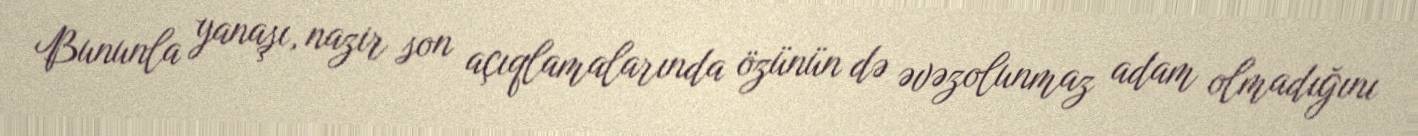
Bununla yanaşı, nazir son açıqlamalarında özünün də əvəzolunmaz adam olmadığını